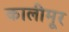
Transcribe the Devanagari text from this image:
कालीमूर